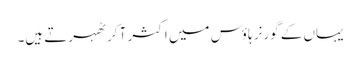
یہاں کے گورنر ہاؤس میں اکثر آ کر ٹھہرتے ہیں۔